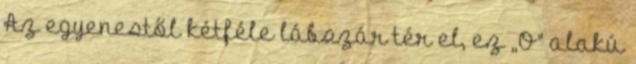
Az egyenestől kétféle lábszár tér el, ez ,,O" alakú